Vao_vallavalitsus, lk 25
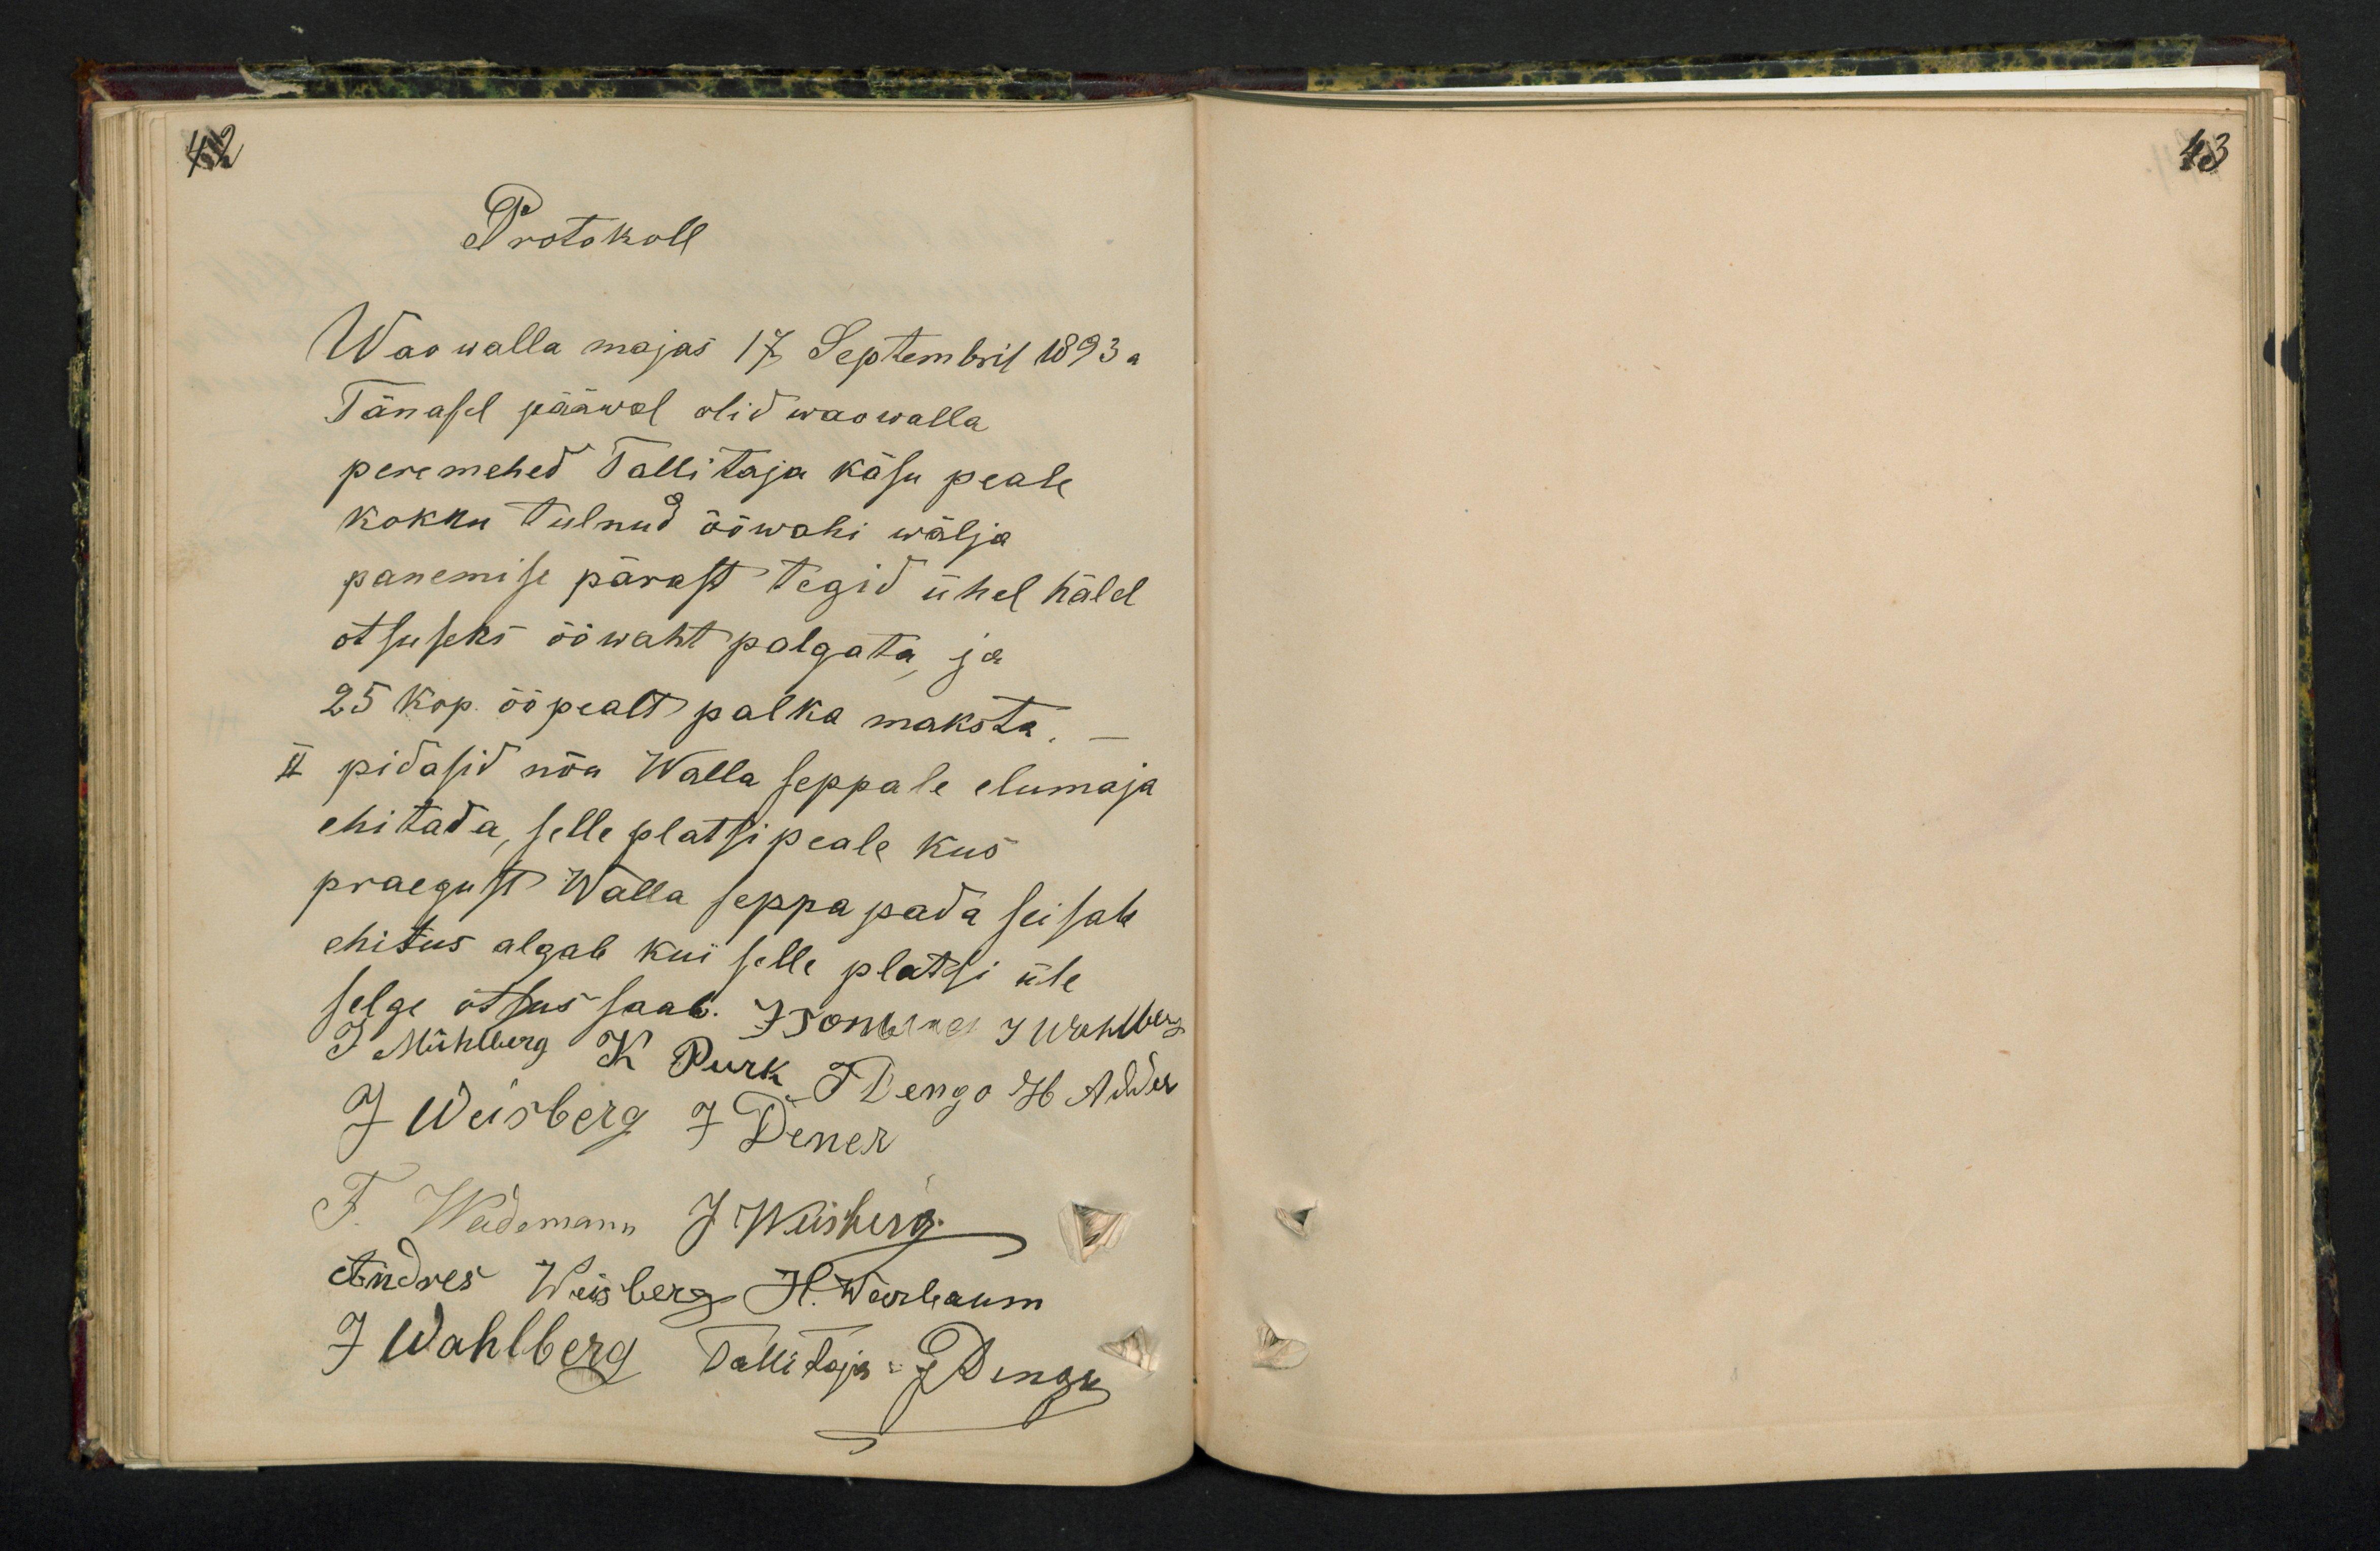
42

43

Protokoll
Wao walla majas 17 Septembril 1893.a
Tänasel pääwal olid wao walla
peremehed Tallitaja käsu peale
kokku tulnud ööwahi wälja.
panemise pärast tegid ühel hälel
otsuseks ööwaht palgata ja
25 kop. öö pealt palka maksta,
II pidasid nõu Walla seppale elumaja
ehitada, selle platsi peale kus
praegust Walla seppa pada seisab
ehitus algab kui selle platsi üle
selge otsus saab. J. Tomberg J Wahlberg
J Mühlberg K Purk J Dengo 46 Adder
J Weisberg J Dener
F. Wademann J. Weisberg.
Andres Weisberg H. Warbaum
J Wahlberg Tallitaja: J Dengo